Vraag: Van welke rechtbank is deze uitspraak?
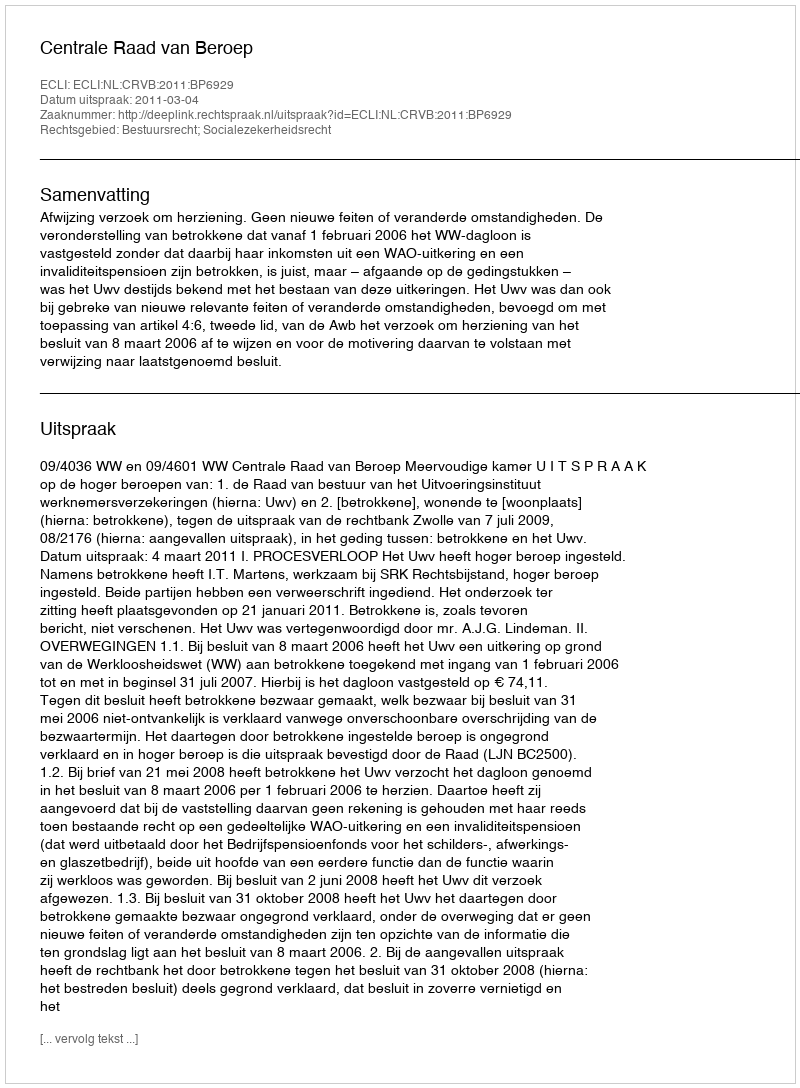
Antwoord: Centrale Raad van Beroep